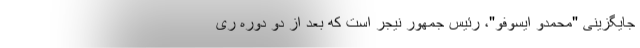
جایگزینی "محمدو ایسوفو"، رئیس جمهور نیجر است که بعد از دو دوره ری